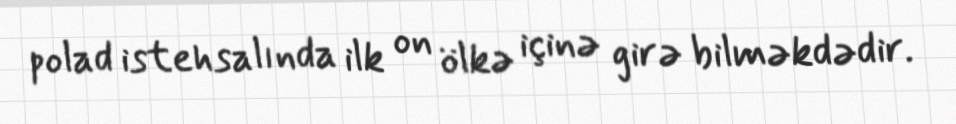
polad istehsalında ilk on ölkə içinə girə bilməkdədir.